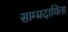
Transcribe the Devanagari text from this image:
साम्प्रदायिता